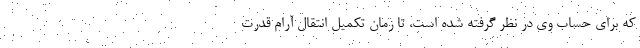
که برای حساب وی در نظر گرفته شده است، تا زمان تکمیل انتقال آرام قدرت